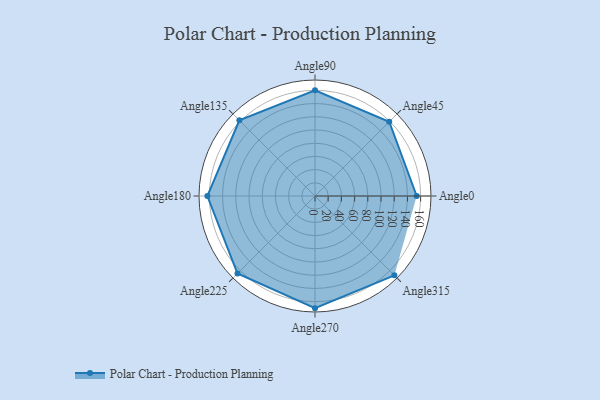
{"axis": {"x": "Angle", "y": "Radius"}, "legend": [""], "data": [{"x": "Angle0", "y": 154.0, "type": ""}, {"x": "Angle45", "y": 159.0, "type": ""}, {"x": "Angle90", "y": 160.0, "type": ""}, {"x": "Angle135", "y": 162.0, "type": ""}, {"x": "Angle180", "y": 163.0, "type": ""}, {"x": "Angle225", "y": 166.0, "type": ""}, {"x": "Angle270", "y": 170, "type": ""}, {"x": "Angle315", "y": 170, "type": ""}]}